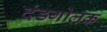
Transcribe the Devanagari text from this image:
दंडगोलक